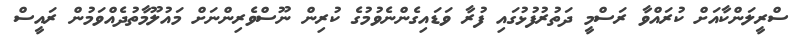
ސްރީލަންކާއަށް ކުރައްވާ ރަސްމީ ދަތުރުފުޅުގައި ފުރާ ވަޑައިގެންނެވުމުގެ ކުރިން ނޫސްވެރިންނަށް މައުލޫމާތުދެއްވަމުން ރައީސް